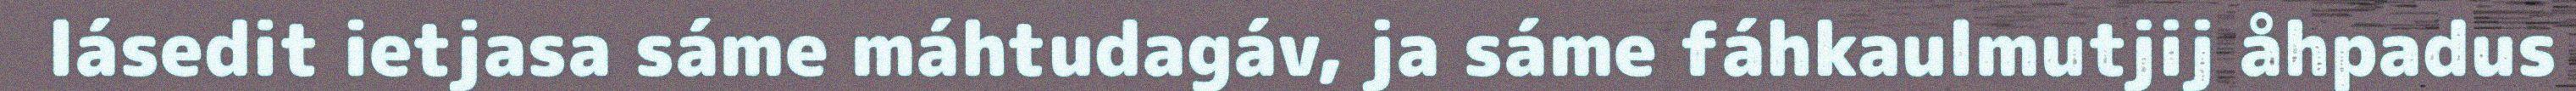
lásedit ietjasa sáme máhtudagáv, ja sáme fáhkaulmutjij åhpadus